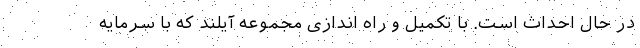
در حال احداث است. با تکمیل و راه اندازی مجموعه آیلند که با سرمایه